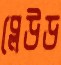
প্লেউড